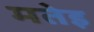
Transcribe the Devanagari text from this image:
मतेइ